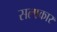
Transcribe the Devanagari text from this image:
सलाकार